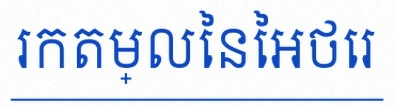
រកតម្លៃនៃអថេរ